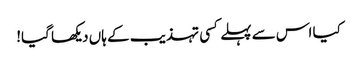
کیا اس سے پہلے کسی تہذیب کے ہاں دیکھا گیا!